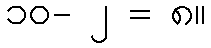
၁၀- ၂ = ၈။